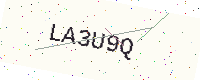
Text: LA3U9Q